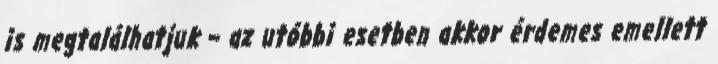
is megtalálhatjuk – az utóbbi esetben akkor érdemes emellett